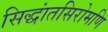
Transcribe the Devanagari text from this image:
सिद्धांतसिरोमणि